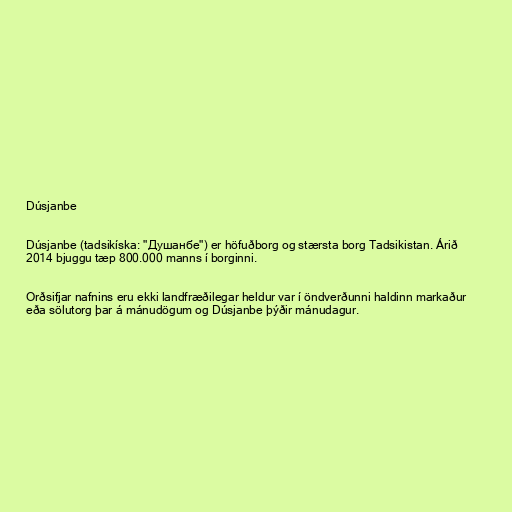
Dúsjanbe

Dúsjanbe (tadsikíska: "Душанбе") er höfuðborg og stærsta borg Tadsikistan. Árið
2014 bjuggu tæp 800.000 manns í borginni.

Orðsifjar nafnins eru ekki landfræðilegar heldur var í öndverðunni haldinn markaður
eða sölutorg þar á mánudögum og Dúsjanbe þýðir mánudagur.